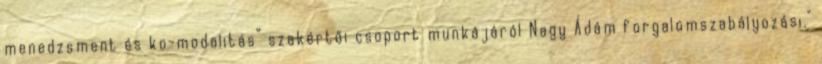
menedzsment és ko-modalitás” szakértői csoport munkájáról Nagy Ádám forgalomszabályozási."